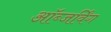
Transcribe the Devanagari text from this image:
ऑब्जर्विंग